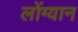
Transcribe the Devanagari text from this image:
लोंग्यान